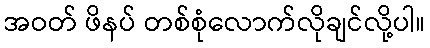
အဝတ် ဖိနပ် တစ်စုံလောက်လိုချင်လို့ပါ။